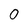
Character: 0